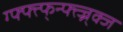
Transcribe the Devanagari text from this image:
ग्फ्फ्त्फ्न्फ्त्ज्न्क्ज